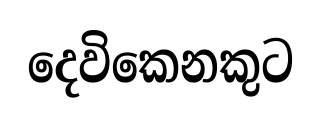
දෙවිකෙනකුට